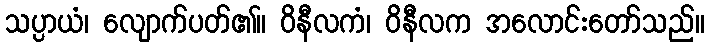
သပ္ပာယံ၊ လျောက်ပတ်၏။ ဝိနီလကံ၊ ဝိနီလက အလောင်းတော်သည်။